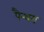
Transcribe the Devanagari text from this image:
पैन्थरा